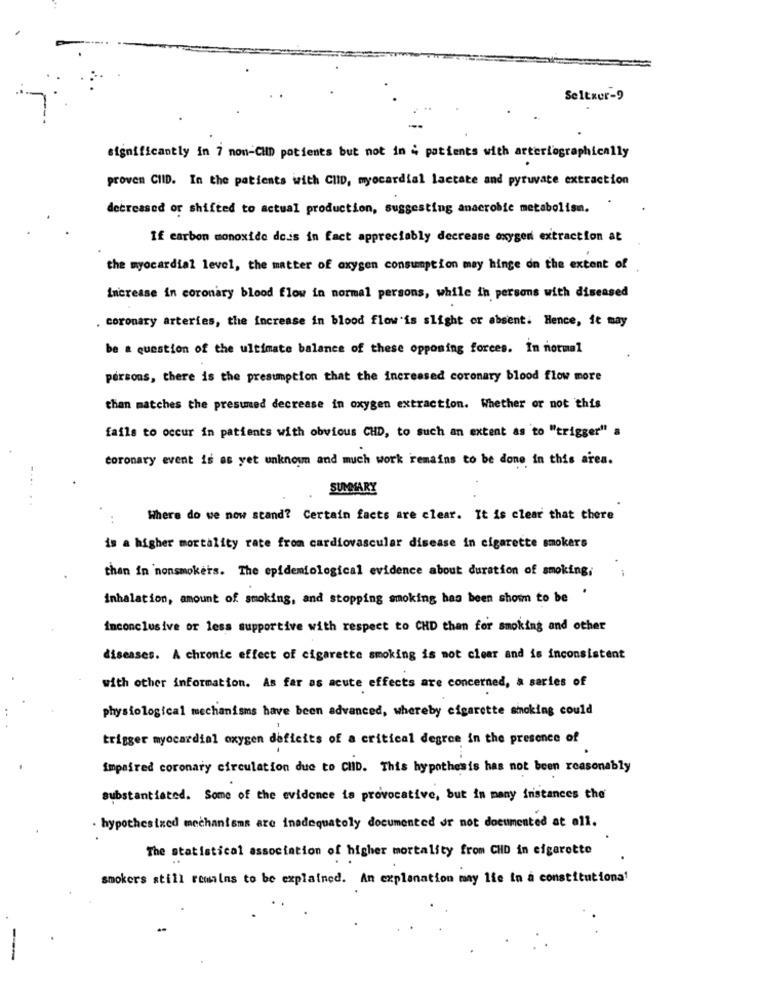
Seltzer-9
significantly in 7 non-CHD patients but not in ; patients with arteriographically
proven CIID. In the patients with CHID, myocardial lactate and pyruvate extraction
decreased or shifted to actual production, suggesting anaerobic metabolism.
If carbon monoxide dois in fact appreciably decrease oxygen extraction at
the myocardial level, the matter of oxygen consumption may hinge on the extent of
Increase in coronary blood flow in normal persons, while in persons with diseased
. coronary arteries, the increase in blood flow is slight or absent. Hence, fe may
be a question of the ultimate balance of these opposing forces. In normal
persons, there is the presumption that the increased coronary blood flow more
than matches the presumed decrease in oxygen extraction. Whether or not this
fails to occur in patients with obvious CHD, to such an extent as to "trigger" a
coronary event is as yet unknown and much work remains to be done in this area.
SUMMARY
Where do we now stand? Certain facts are clear. It is clear that there
is a higher mortality rate from cardiovascular disease in cigarette smokers
than in nonsmokers. The epidemiological evidence about duration of smoking;
inhalation, amount of smoking, and stopping smoking has been shown to be
inconclusive or less supportive with respect to CHD than for smoking and other
diseases. A chronic effect of cigarette smoking is not clear and is inconsistent
with other information. As far as acute effects are concerned, a series of
physiological mechanisms have been advanced, whereby cigarette smoking could
trigger myocardial oxygen deficits of a critical degree in the presence of
impaired coronary circulation due to CHD. This hypothesis has not been reasonably
Substantiated. Some of the evidence ia provocative, but in many instances the
· hypothesized mechanisms are inadequately documented or not documented at all.
The statistical association of higher mortality from CHD in cigarette
smokers still remains to be explained. An explanation may lie to a constitutional